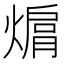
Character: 𤍦